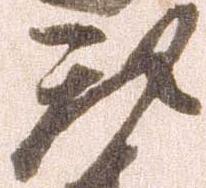
我